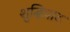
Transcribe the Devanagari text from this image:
शुद्धिवाद